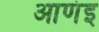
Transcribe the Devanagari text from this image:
आणंइ